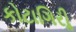
કોટાગિરીૢ